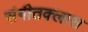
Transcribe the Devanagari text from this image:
संगीतक्लास